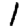
Digit: 1